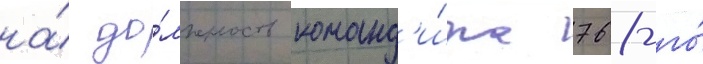
на́ до́лжность команд'и́ра 768-го́